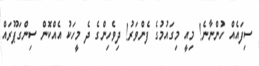
ސިފައެއް ހުންނާނެ! މިއީ މިގައުމުގެ ފެންވަރު! ދިވެހިންގެ ދެ މީހަކު އެއްކޮން ސިންގަޕޫރައް